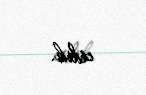
etdik.